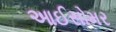
આઈસોમર